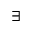
\exists